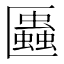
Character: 𠥨